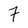
Character: 7